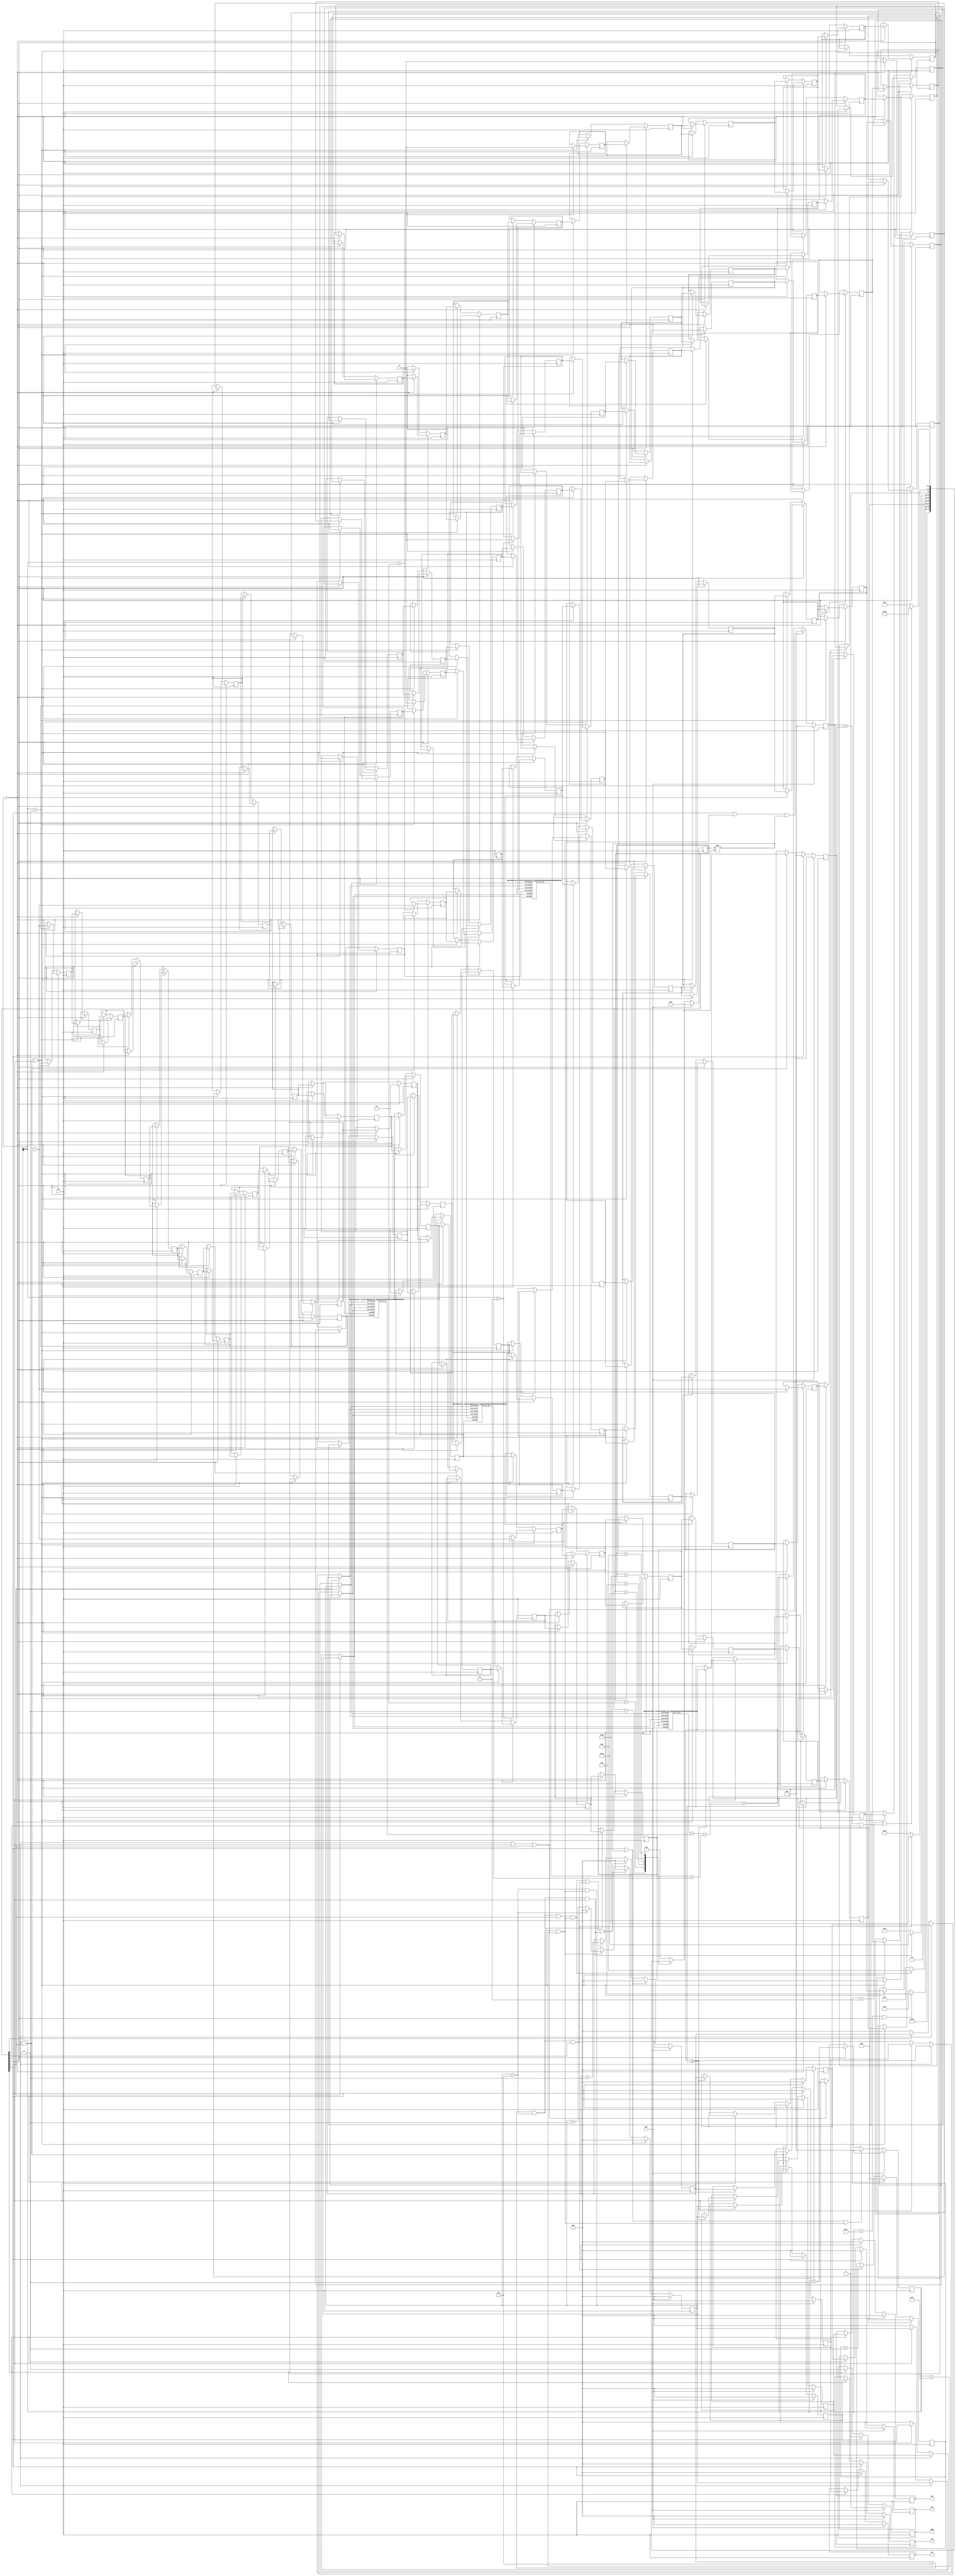
`define C2Q 0.8
module LASER (
    input CLK,
    input RST,
    input [3:0] X,
    input [3:0] Y,
    output reg [3:0] C1X,
    output reg [3:0] C1Y,
    output reg [3:0] C2X,
    output reg [3:0] C2Y,
    output reg DONE);

  //===============================
  //   PARAMETER
  //===============================
  parameter DATA_WIDTH      = 4;
  parameter VALID_POINT_NUM = 40;
  parameter VALID_POINT_NUM_BY_FOUR = 10;
  parameter ITER_NUM        = 4;
  parameter VALID_PTS_WIDTH       = 6;
  parameter RADIUS = 4;

  integer idx,depth;
  //===============================
  //   States
  //===============================
  reg[6:0] currentState, nextState;

  localparam IDLE         = 7'b0000001;
  localparam RD_DATA      = 7'b0000010;
  localparam FIRST_TRY_C1 = 7'b0000100;
  localparam FIND_C2      = 7'b0001000;
  localparam FIND_C1      = 7'b0010000;
  localparam EVAL         = 7'b0100000;
  localparam FINISH         = 7'b1000000;

  wire state_IDLE         = currentState[0];
  wire state_RD_DATA      = currentState[1];
  wire state_FIRST_TRY_C1 = currentState[2];
  wire state_FIND_C2      = currentState[3];
  wire state_FIND_C1      = currentState[4];
  wire state_EVAL         = currentState[5];
  wire state_DONE         = currentState[6];

  //============================
  //  CNTS,PTRS
  //============================
  reg[5:0] valid_pts_cnt;
  reg[DATA_WIDTH-1:0] row_ptr,col_ptr;
  reg[2:0] iters_cnt ;

  wire[1:0] rd_data_in_switch = valid_pts_cnt[1:0];

  //============================
  //  FF & BUFFERS
  //============================
  reg[VALID_PTS_WIDTH-1:0] curr_valid_Num_acc_ff;
  reg[VALID_PTS_WIDTH-1:0] best_Num_ff;
  reg[DATA_WIDTH-1:0] bestC1X_ff,bestC1Y_ff,bestC2X_ff,bestC2Y_ff;

  reg[DATA_WIDTH-1:0] valid_pts_X_cir_buf[0:VALID_POINT_NUM_BY_FOUR-1][0:3];
  reg[DATA_WIDTH-1:0] valid_pts_Y_cir_buf[0:VALID_POINT_NUM_BY_FOUR-1][0:3];

  //============================
  //   WIRE
  //============================
  reg [VALID_PTS_WIDTH-1:0] det_inside_C1;
  reg [VALID_PTS_WIDTH-1:0] det_inside_C2;
  reg [VALID_PTS_WIDTH-1:0] curr_valid_Num_acc_wr;

  wire[3:0] pt_is_in;

  // Last Value of the circular buffers.
  wire[DATA_WIDTH-1:0] current_validX1 = valid_pts_X_cir_buf[VALID_POINT_NUM_BY_FOUR-1][0];
  wire[DATA_WIDTH-1:0] current_validY1 = valid_pts_Y_cir_buf[VALID_POINT_NUM_BY_FOUR-1][0];

  wire[DATA_WIDTH-1:0] current_validX2 = valid_pts_X_cir_buf[VALID_POINT_NUM_BY_FOUR-1][1];
  wire[DATA_WIDTH-1:0] current_validY2 = valid_pts_Y_cir_buf[VALID_POINT_NUM_BY_FOUR-1][1];

  wire[DATA_WIDTH-1:0] current_validX3 = valid_pts_X_cir_buf[VALID_POINT_NUM_BY_FOUR-1][2];
  wire[DATA_WIDTH-1:0] current_validY3 = valid_pts_Y_cir_buf[VALID_POINT_NUM_BY_FOUR-1][2];

  wire[DATA_WIDTH-1:0] current_validX4 = valid_pts_X_cir_buf[VALID_POINT_NUM_BY_FOUR-1][3];
  wire[DATA_WIDTH-1:0] current_validY4 = valid_pts_Y_cir_buf[VALID_POINT_NUM_BY_FOUR-1][3];

  //================================================================
  //   DESIGN
  //================================================================
  //========================
  //   FLAGS
  //========================
  wire rd_data_done_f        = valid_pts_cnt == (VALID_POINT_NUM-1) && state_RD_DATA;


  wire valid_pts_traversed_f = valid_pts_cnt == (VALID_POINT_NUM_BY_FOUR-1) &&
       (state_FIND_C1 || state_FIND_C2 || state_FIRST_TRY_C1) ;

  wire first_try_done_f      = row_ptr == 15 && col_ptr == 15
       && state_FIRST_TRY_C1 && valid_pts_traversed_f;

  wire find_C2_done_f      = row_ptr == 15 && col_ptr == 15 && state_FIND_C2;

  wire find_C1_done_f      = row_ptr == 15 && col_ptr == 15 && state_FIND_C1;

  wire value_converged_f   = curr_valid_Num_acc_ff == best_Num_ff && state_EVAL;

  wire iters_done_f        = iters_cnt == ITER_NUM-1;
  //========================
  //   FSM
  //========================
  always @(posedge CLK)
  begin
    //synopsys_translate_off
    # `C2Q;
    //synopsys_translate_on
    if(RST)
    begin
      currentState <= RD_DATA;
    end
    else
    begin
      currentState <= nextState;
    end
  end

  always @(*)
  begin
    case (currentState)
      IDLE    :
      begin
        nextState            = RD_DATA;
      end
      RD_DATA :
      begin
        nextState            = rd_data_done_f   ? FIRST_TRY_C1 : RD_DATA;
      end
      FIRST_TRY_C1 :
      begin
        nextState            = first_try_done_f ? FIND_C2 : FIRST_TRY_C1;
      end
      FIND_C2 :
      begin
        nextState            = find_C2_done_f ? FIND_C1 : FIND_C2;
      end
      FIND_C1 :
      begin
        nextState            =  find_C1_done_f ? EVAL : FIND_C1;
      end
      EVAL    :
      begin
        nextState            = (iters_done_f || value_converged_f) ? FINISH:FIND_C2;
      end
      FINISH    :
      begin
        nextState            = IDLE;
      end
      default :
      begin
        nextState            = IDLE;
      end
    endcase
  end

  //========================
  //   PTRS, CNTS
  //========================
  always @(posedge CLK)
  begin
    //synopsys_translate_off
    # `C2Q;
    //synopsys_translate_on
    if(RST)
    begin
      row_ptr <= 0;
      col_ptr <= 0;
    end
    else if(state_IDLE || currentState != nextState)
    begin
      row_ptr <= 0;
      col_ptr <= 0;
    end
    else
    begin
      if(first_try_done_f || find_C1_done_f || find_C2_done_f)
      begin
        row_ptr  <= 0;
        col_ptr  <= 0;
      end
      else
      begin
        row_ptr  <= (col_ptr == 15) && valid_pts_traversed_f ?
                 row_ptr+1 : row_ptr ;

        col_ptr  <= valid_pts_traversed_f ?
                 ((col_ptr==15) ? 0 :col_ptr+1) : col_ptr;
      end
    end
  end

  always @(posedge CLK)
  begin
    //synopsys_translate_off
    # `C2Q;
    //synopsys_translate_on
    if(RST)
    begin
      valid_pts_cnt <= 0;
    end
    else if(state_IDLE || currentState != nextState || valid_pts_traversed_f)
    begin
      valid_pts_cnt <= 0;
    end
    else if(state_RD_DATA)
    begin
      valid_pts_cnt <= valid_pts_cnt + 1;
    end
    else if(state_FIND_C1 || state_FIND_C2 || state_FIRST_TRY_C1)
    begin
      valid_pts_cnt <= valid_pts_cnt + 1;
    end
    else
    begin
      valid_pts_cnt <= valid_pts_cnt;
    end
  end

  always @(posedge CLK)
  begin
    //synopsys_translate_off
    # `C2Q;
    //synopsys_translate_on
    if(RST)
    begin
      iters_cnt <= 0;
    end
    else if(state_IDLE)
    begin
      iters_cnt <= 0;
    end
    else if(find_C1_done_f)
    begin
      iters_cnt <= iters_cnt + 1;
    end
    else
    begin
      ;
    end
  end


  //===================================
  //   CIRCULAR SHIFT REGISTERS X4
  //===================================
  always @(posedge CLK)
  begin
    //synopsys_translate_off
    # `C2Q;
    //synopsys_translate_on
    // if(RST)
    // begin
    //   for ( depth = 0 ; depth < 4 ; depth = depth + 1)
    //     for(idx = 0 ; idx < VALID_POINT_NUM_BY_FOUR ; idx = idx+1)
    //     begin
    //       valid_pts_X_cir_buf[idx][depth] <= 0;
    //       valid_pts_Y_cir_buf[idx][depth] <= 0;
    //     end
    // end
    // else
    if(state_RD_DATA)
    begin
      for ( depth = 0 ; depth < 4 ; depth = depth + 1)
        for(idx = 1 ; idx < VALID_POINT_NUM_BY_FOUR ; idx = idx+1)
        begin
          // Circulating from 1~10
          if(rd_data_in_switch==2'b00)
          begin
            valid_pts_X_cir_buf[idx][depth] <= valid_pts_X_cir_buf[idx-1][depth];
            valid_pts_Y_cir_buf[idx][depth] <= valid_pts_Y_cir_buf[idx-1][depth];
          end
        end

      // index 0, receive value
      case(rd_data_in_switch)
        2'b00:
        begin
          valid_pts_X_cir_buf[0][0] <= X;
          valid_pts_Y_cir_buf[0][0] <= Y;
        end
        2'b01:
        begin
          valid_pts_X_cir_buf[0][1] <= X;
          valid_pts_Y_cir_buf[0][1] <= Y;
        end
        2'b10:
        begin
          valid_pts_X_cir_buf[0][2] <= X;
          valid_pts_Y_cir_buf[0][2] <= Y;
        end
        2'b11:
        begin
          valid_pts_X_cir_buf[0][3] <= X;
          valid_pts_Y_cir_buf[0][3] <= Y;
        end
        default:
        begin
          valid_pts_X_cir_buf[0][0] <= 0;
          valid_pts_Y_cir_buf[0][0] <= 0;
        end
      endcase
    end
    else if((state_FIND_C1 || state_FIRST_TRY_C1 || state_FIND_C2))
    begin
      //&& !valid_pts_traversed_f
      // Keep shifting
      for(depth = 0 ;depth < 4 ; depth= depth + 1)
        for(idx = 1 ; idx < VALID_POINT_NUM_BY_FOUR ; idx = idx+1)
        begin
          valid_pts_X_cir_buf[idx][depth] <= valid_pts_X_cir_buf[idx-1][depth];
          valid_pts_Y_cir_buf[idx][depth] <= valid_pts_Y_cir_buf[idx-1][depth];

          valid_pts_X_cir_buf[0][depth] <= valid_pts_X_cir_buf[VALID_POINT_NUM_BY_FOUR-1][depth];
          valid_pts_Y_cir_buf[0][depth] <= valid_pts_Y_cir_buf[VALID_POINT_NUM_BY_FOUR-1][depth];
        end
    end
    else
    begin
      ;
    end
  end

  //============================
  //   BEST C1,C2 and BEST NUM
  //============================
  always @(posedge CLK)
  begin
    //synopsys_translate_off
    # `C2Q;
    //synopsys_translate_on
    if(RST)
    begin
      bestC1X_ff <= 0;
      bestC1Y_ff <= 0;
      bestC2X_ff <= 0;
      bestC2Y_ff <= 0;
      best_Num_ff <= 0;
    end
    else if(state_IDLE)
    begin
      bestC1X_ff <= 0;
      bestC1Y_ff <= 0;
      bestC2X_ff <= 0;
      bestC2Y_ff <= 0;
      best_Num_ff <= 0;
    end
    else if(state_FIRST_TRY_C1 || state_FIND_C1)
    begin
      if(curr_valid_Num_acc_wr >= best_Num_ff)
      begin
        bestC1X_ff <= col_ptr;
        bestC1Y_ff <= row_ptr;
        best_Num_ff <= curr_valid_Num_acc_wr;
      end
      else
      begin
        ;
      end
    end
    else if(state_FIND_C2)
    begin
      if(curr_valid_Num_acc_wr >= best_Num_ff)
      begin
        bestC2X_ff <= col_ptr;
        bestC2Y_ff <= row_ptr;
        best_Num_ff <= curr_valid_Num_acc_wr;
      end
      else
      begin
        ;
      end
    end
    else
    begin
      bestC1X_ff <= bestC1X_ff;
      bestC1Y_ff <= bestC1Y_ff;
      bestC2X_ff <= bestC2X_ff;
      bestC2Y_ff <= bestC2Y_ff;
      best_Num_ff <= best_Num_ff;
    end
  end

  //========================
  //   I/O
  //========================
  always @(posedge CLK)
  begin
    //synopsys_translate_off
    # `C2Q;
    //synopsys_translate_on
    if(RST)
    begin
      C1X <= 0;
      C1Y <= 0;
      C2X <= 0;
      C2Y <= 0;
      DONE <= 0;
    end
    else if(state_IDLE)
    begin
      C1X <= 0;
      C1Y <= 0;
      C2X <= 0;
      C2Y <= 0;
      DONE <= 0;
    end
    else if(state_DONE)
    begin
      C1X <= bestC1X_ff;
      C1Y <= bestC1Y_ff;
      C2X <= bestC2X_ff;
      C2Y <= bestC2Y_ff;
      DONE <= 1;
    end
    else
    begin
      ;
    end
  end


  //========================
  //   DET VALID POINTS
  //========================
  reg[DATA_WIDTH-1:0] C1_Xin;
  reg[DATA_WIDTH-1:0] C1_Yin;

  wire[DATA_WIDTH-1:0] C1_Xin_feed = C1_Xin;
  wire[DATA_WIDTH-1:0] C1_Yin_feed = C1_Yin;

  reg[DATA_WIDTH-1:0] C2_Xin;
  reg[DATA_WIDTH-1:0] C2_Yin;

  wire[DATA_WIDTH-1:0] C2_Xin_feed = C2_Xin;
  wire[DATA_WIDTH-1:0] C2_Yin_feed = C2_Yin;

  always @(*)
  begin:DET_IN_INPUTS
    if(state_FIRST_TRY_C1)
    begin
      C1_Xin = col_ptr;
      C1_Yin = row_ptr;

      C2_Xin = col_ptr;
      C2_Yin = row_ptr;
    end
    else if(state_FIND_C1)
    begin
      C1_Xin = col_ptr;
      C1_Yin = row_ptr;

      C2_Xin = bestC2X_ff;
      C2_Yin = bestC2Y_ff;
    end
    else if(state_FIND_C2)
    begin
      C1_Xin = bestC1X_ff;
      C1_Yin = bestC1Y_ff;

      C2_Xin = col_ptr;
      C2_Yin = row_ptr;
    end
    else
    begin
      C1_Xin = 0;
      C1_Yin = 0;

      C2_Xin = 0;
      C2_Yin = 0;
    end
  end
  //========================
  //   Valid_num_acc
  //========================
  always @(posedge CLK )
  begin
    //synopsys_translate_off
    # `C2Q;
    //synopsys_translate_on
    if(RST)
    begin
      curr_valid_Num_acc_ff <= 0;
    end
    else if(state_IDLE || valid_pts_traversed_f||currentState!=nextState)
    begin
      curr_valid_Num_acc_ff <= 0;
    end
    else if(state_FIND_C1 || state_FIND_C2 || state_FIRST_TRY_C1)
    begin
      curr_valid_Num_acc_ff <= curr_valid_Num_acc_wr;
    end
    else
    begin
      curr_valid_Num_acc_ff <= curr_valid_Num_acc_ff;
    end
  end

  always @(*)
  begin
    curr_valid_Num_acc_wr = (pt_is_in[0] + pt_is_in[1]) + (pt_is_in[2] +pt_is_in[3])
    + curr_valid_Num_acc_ff;
  end

  //========================
  //   MODULES
  //========================
  // det_inside

  det_inside
    #(
      .RADIUS (RADIUS )
    )
    u_det_inside0(
      .circle1X (C1_Xin_feed ),
      .circle1Y (C1_Yin_feed ),
      .circle2X (C2_Xin_feed ),
      .circle2Y (C2_Yin_feed ),
      .validX   (current_validX1),
      .validY   (current_validY1),
      .pt_is_in (pt_is_in[0] )
    );


  det_inside
    #(
      .RADIUS (RADIUS )
    )
    u_det_inside1(
      .circle1X (C1_Xin_feed ),
      .circle1Y (C1_Yin_feed ),
      .circle2X (C2_Xin_feed ),
      .circle2Y (C2_Yin_feed ),
      .validX   (current_validX2),
      .validY   (current_validY2),
      .pt_is_in (pt_is_in[1] )
    );


  det_inside
    #(
      .RADIUS (RADIUS )
    )
    u_det_inside2(
      .circle1X (C1_Xin_feed ),
      .circle1Y (C1_Yin_feed ),
      .circle2X (C2_Xin_feed ),
      .circle2Y (C2_Yin_feed ),
      .validX   (current_validX3   ),
      .validY   (current_validY3  ),
      .pt_is_in (pt_is_in[2] )
    );

  det_inside
    #(
      .RADIUS (RADIUS )
    )
    u_det_inside3(
      .circle1X (C1_Xin_feed ),
      .circle1Y (C1_Yin_feed ),
      .circle2X (C2_Xin_feed ),
      .circle2Y (C2_Yin_feed ),
      .validX   (current_validX4   ),
      .validY   (current_validY4   ),
      .pt_is_in (pt_is_in[3] )
    );

endmodule


module det_inside(input[3:0] circle1X,
                    input[3:0] circle1Y,
                    input[3:0] circle2X,
                    input[3:0] circle2Y,
                    input[3:0] validX,
                    input[3:0] validY,
                    output pt_is_in);
  parameter RADIUS = 4;

  reg det_inside_C1,det_inside_C2;

  wire signed[3:0] dispC1X = validX - circle1X;
  reg[3:0] absDispC1X;

  wire signed[3:0] dispC1Y = validY - circle1Y;
  reg[3:0] absDispC1Y;

  wire signed[3:0] dispC2X = validX - circle2X;
  reg[3:0] absDispC2X;

  wire signed[3:0] dispC2Y = validY - circle2Y;
  reg[3:0] absDispC2Y;

  always @(*)
  begin: absoulute
    //C1
    if(dispC1X > 0)
    begin
      absDispC1X = dispC1X;
    end
    else
    begin
      absDispC1X = ~dispC1X+1;
    end

    if(dispC1Y > 0)
    begin
      absDispC1Y = dispC1Y;
    end
    else
    begin
      absDispC1Y = ~dispC1Y+1;
    end

    //C2
    if(dispC2X > 0)
    begin
      absDispC2X = dispC2X;
    end
    else
    begin
      absDispC2X = ~dispC2X+1;
    end

    if(dispC2Y > 0)
    begin
      absDispC2Y = dispC2Y;
    end
    else
    begin
      absDispC2Y = ~dispC2Y+1;
    end
  end

  always@(*)
  begin: DET_INSIDE
    // The point is inside if the displacement vector is (4,0) or (0,4)
    // or All the points with displacement less than 3 in x or y
    // except the (3,3) ones
    det_inside_C1 = ((absDispC1X == RADIUS) && (absDispC1Y == 0))
                  || ((absDispC1X == 0) && (absDispC1Y == RADIUS))
                  || (((absDispC1X <= RADIUS - 1) && (absDispC1Y <= RADIUS - 1))

                      && ~((absDispC1X == RADIUS - 1) && (absDispC1Y == RADIUS - 1)));

    det_inside_C2 = ((absDispC2X == RADIUS) && (absDispC2Y == 0))
                  || ((absDispC2X == 0) && (absDispC2Y == RADIUS))
                  || (((absDispC2X <= RADIUS - 1) && (absDispC2Y <= RADIUS - 1))

                      && ~((absDispC2X == RADIUS - 1) && (absDispC2Y == RADIUS - 1)));
  end

  assign pt_is_in = det_inside_C1 || det_inside_C2;

endmodule